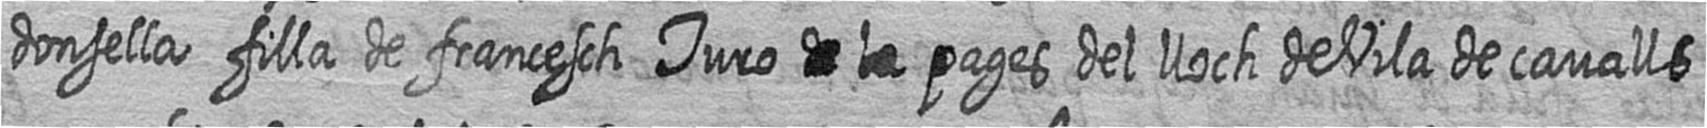
donsella filla de francesch Turo # # pages del lloch de Vila de cavalls